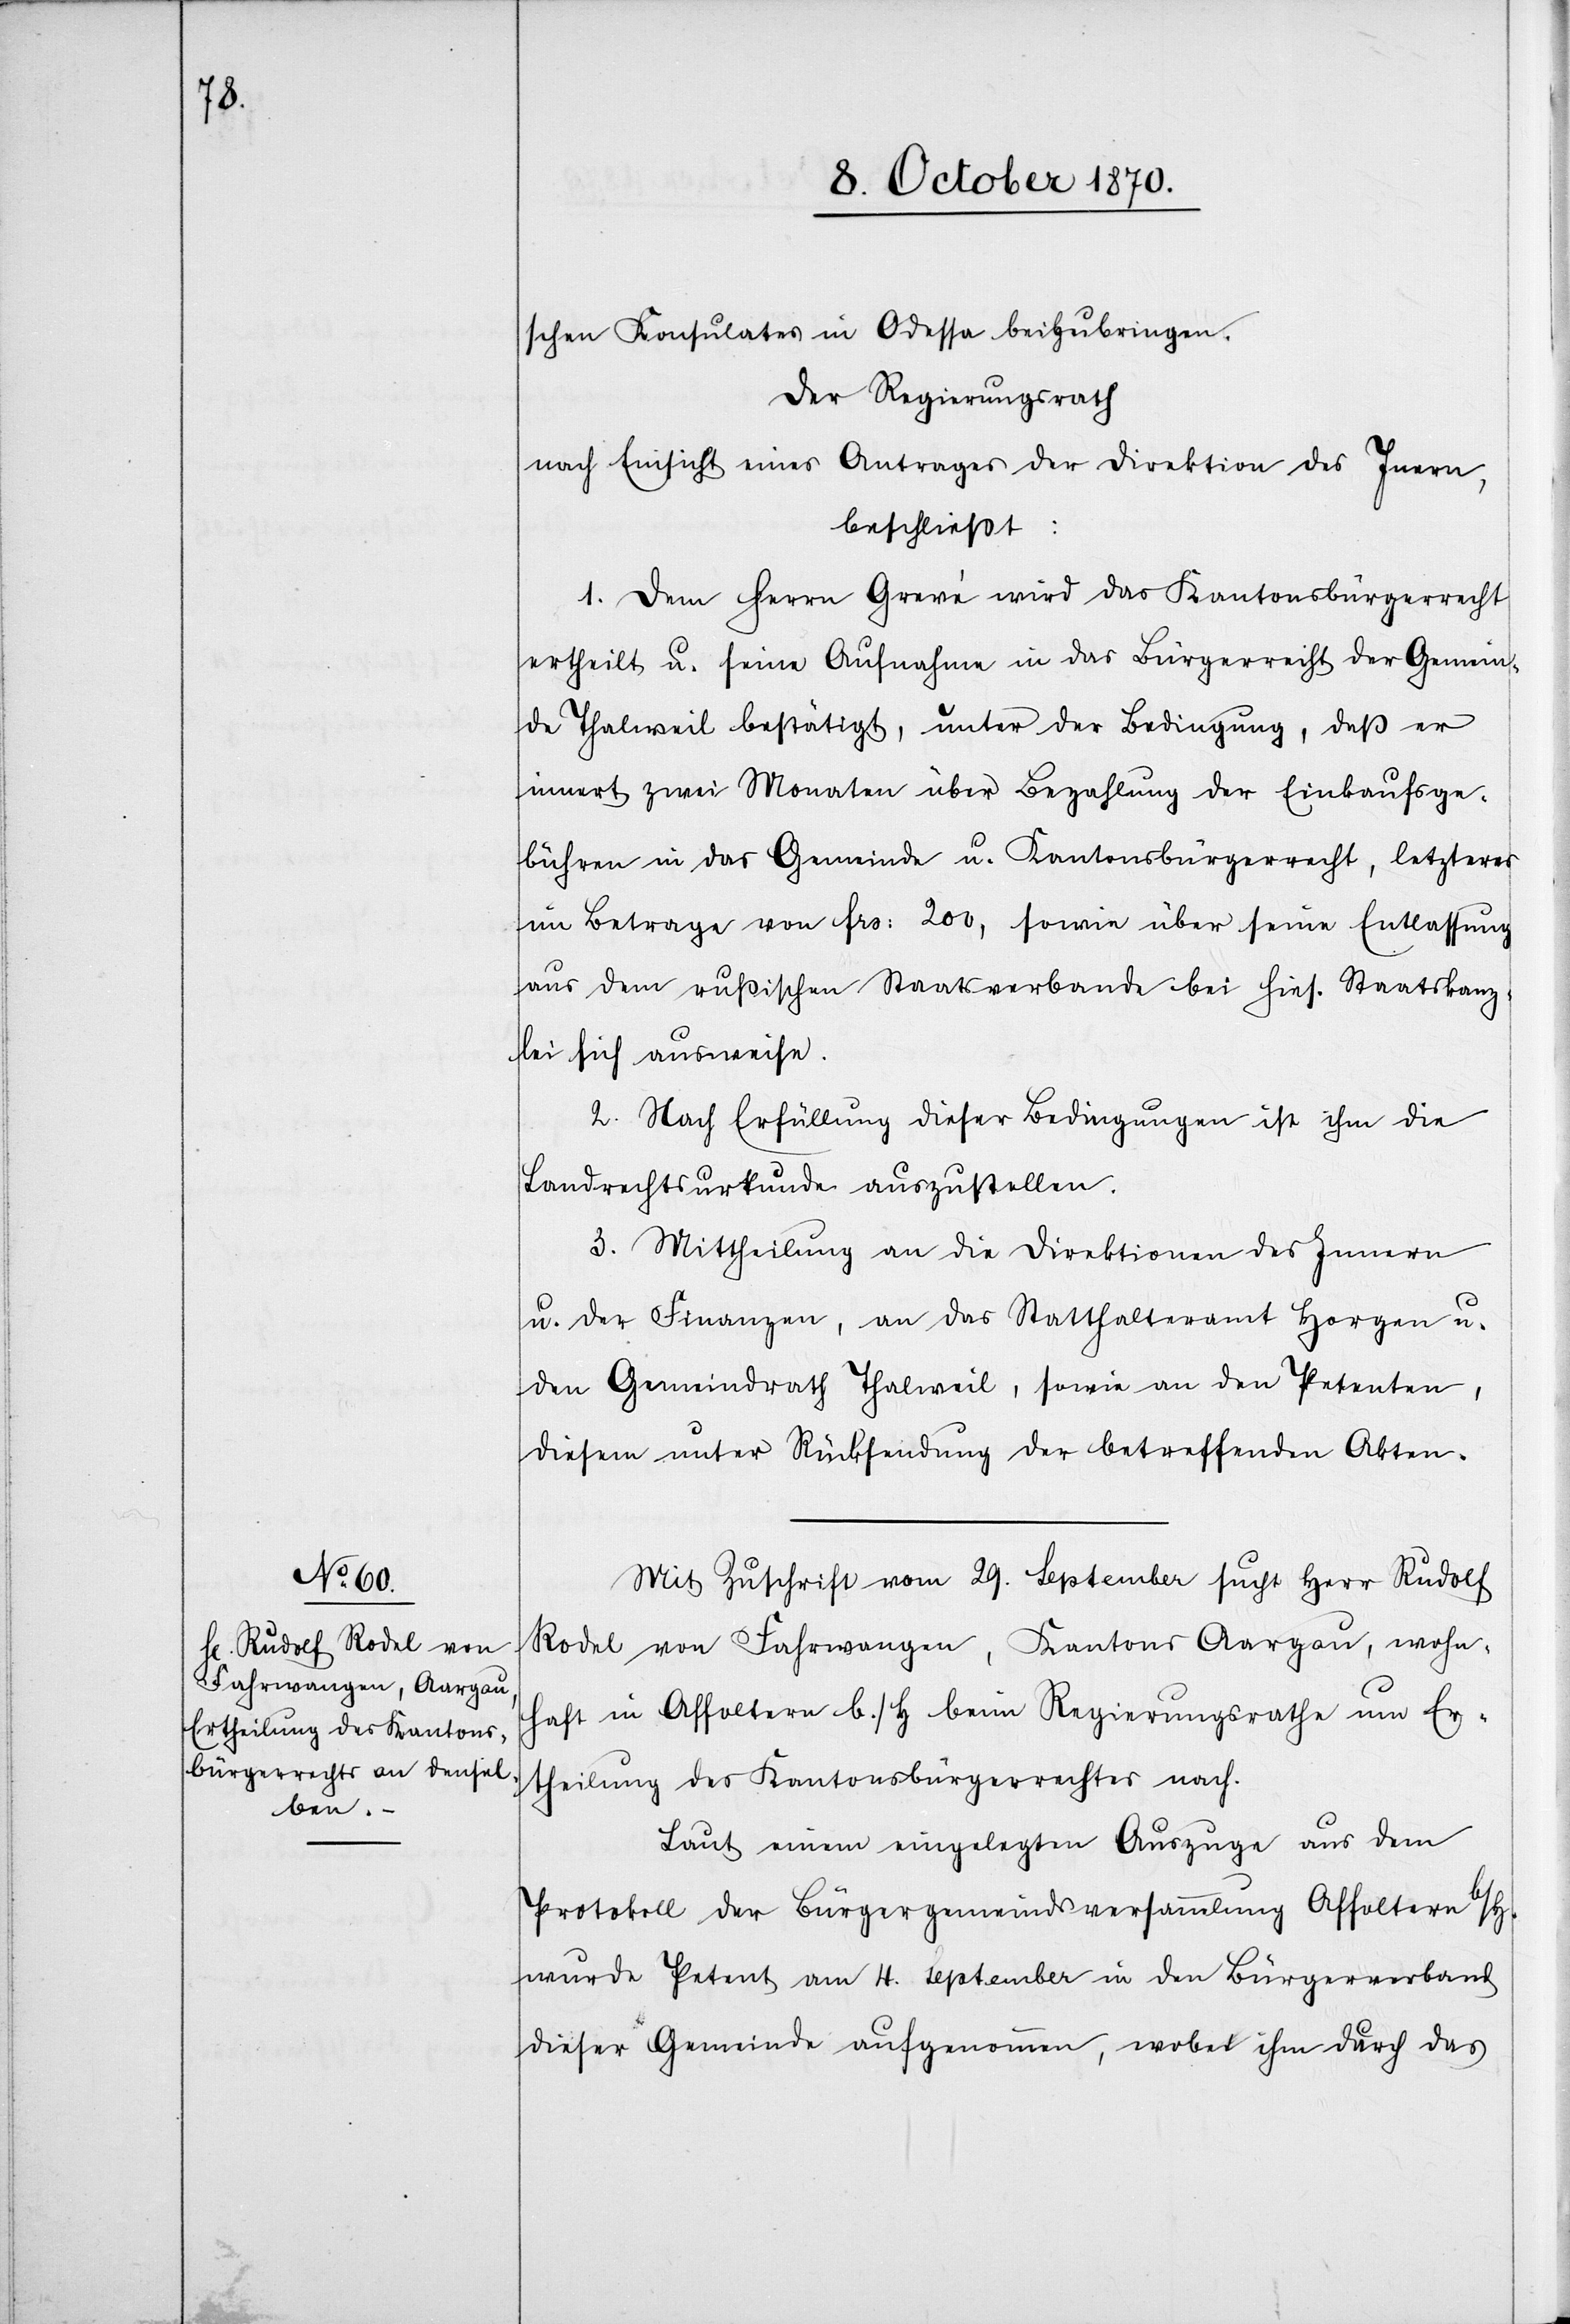
schen Konsulates in Odessa beizubringen.
Der Regierungsrath
nach Einsicht eines Antrages der Direktion des Innern,
beschließt:
1. Dem Herrn Grevé wird das Kantonsbürgerrecht
ertheilt u. seine Aufnahme in das Bürgerrecht der Gemein¬
de Thalweil bestätigt, unter der Bedingung, daß er
innert zwei Monaten über Bezahlung der Einkaufsge¬
bühren in das Gemeinde u. Kantonsbürgerrecht, letzteres
im Betrage von Frs: 200, sowie über seine Entlassung
aus dem russischen Staatsverbande bei hies. Staatskanz¬
lei sich ausweise.
2. Nach Erfüllung dieser Bedingungen ist ihm die
Landrechtsurkunde auszustellen.
3. Mittheilung an die Direktionen des Innern
u. der Finanzen, an das Statthalteramt Horgen u.
den Gemeindrath Thalweil, sowie an den Petenten,
diesem unter Rücksendung der betreffenden Akten.
Mit Zuschrift vom 29. September sucht Herr Rudolf
Rodel von Fahrwangen, Kantons Aargau, wohn¬
haft in Affoltern b./H beim Regierungsrathe um Er¬
theilung des Kantonsbürgerrechtes nach.
Laut einem eingelegten Auszuge aus dem
Protokoll der Bürgergemeindsversammlung Affoltern b/H.
wurde Petent am 4. September in den Bürgerverband
dieser Gemeinde aufgenommen, wobei ihm durch das